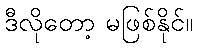
ဒီလိုတော့ မဖြစ်နိုင်။